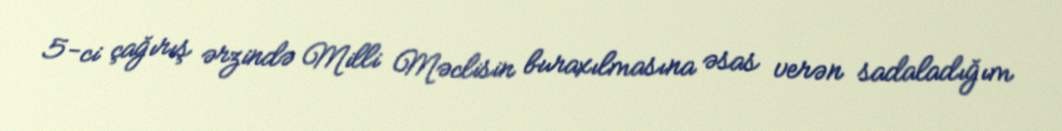
5-ci çağırış ərzində Milli Məclisin buraxılmasına əsas verən sadaladığım